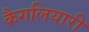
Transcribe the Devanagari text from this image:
कैगलियारी